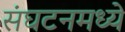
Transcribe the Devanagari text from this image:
संघटनमध्ये